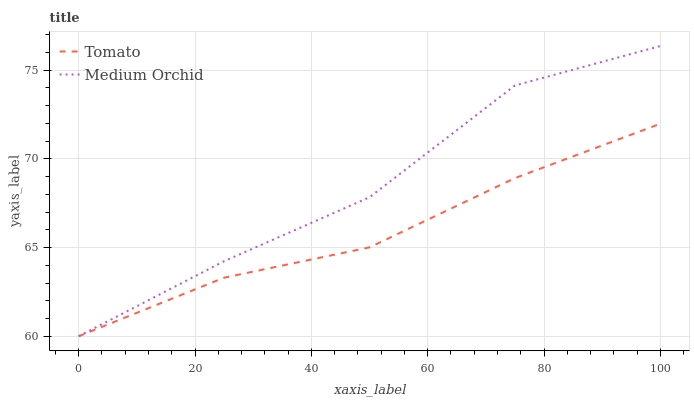
| xaxis_label | Tomato | Medium Orchid |
 | --- | --- | --- |
 | 0 | 60 | 60 |
 | 25 | 63.3 | 64.2 |
 | 50 | 65 | 67.8 |
 | 75 | 68.9 | 74.1 |
 | 100 | 72 | 76.4 |